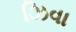
ઝિવા